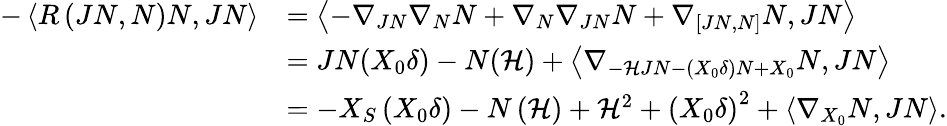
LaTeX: \begin{array}{rl}{-\left\langle R\left(JN,N\right)N,JN\right\rangle}&{=\left\langle-\nabla_{JN}\nabla_{N}N+\nabla_{N}\nabla_{JN}N+\nabla_{\left[JN,N\right]}N,JN\right\rangle}\\ &{=JN(X_{0}\delta)-N(\mathcal{H})+\left\langle\nabla_{-\mathcal{H}JN-(X_{0}\delta)N+X_{0}}N,JN\right\rangle}\\ &{=-X_{S}\left(X_{0}\delta\right)-N\left(\mathcal{H}\right)+\mathcal{H}^{2}+\left(X_{0}\delta\right)^{2}+\left\langle\nabla_{X_{0}}N,JN\right\rangle.}\end{array}